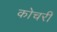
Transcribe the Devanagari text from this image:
कोचरी